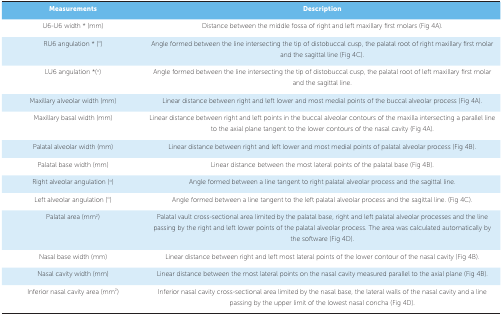
<table><thead><tr><td><b>Measurements</b></td><td><b>Description</b></td></tr></thead><tbody><tr><td> U6-U6 width * (mm)</td><td> Distance between the middle fossa of right andleft maxillary first molars (Fig 4A).</td></tr><tr><td> RU6 angulation * (<sup>o</sup>)</td><td> Angle formed between the line intersecting thetip of distobuccal cusp, the palatal root of right maxillary first molarand the sagittal line (Fig 4C).</td></tr><tr><td> LU6 angulation *(<sup>o</sup>)</td><td> Angle formed between the line intersecting thetip of distobuccal cusp, the palatal root of left maxillary first molarand the sagittal line.</td></tr><tr><td> Maxillary alveolar width (mm)</td><td> Linear distance between right and left lowerand most medial points of the buccal alveolar process (Fig 4A).</td></tr><tr><td> Maxillary basal width (mm)</td><td> Linear distance between right and left pointsin the buccal alveolar contours of the maxilla intersecting a parallelline to the axial plane tangent to the lower contours of the nasal cavity(Fig 4A).</td></tr><tr><td> Palatal alveolar width (mm)</td><td> Linear distance between right and left lowerand most medial points of palatal alveolar process (Fig 4B).</td></tr><tr><td> Palatal base width (mm)</td><td> Linear distance between the most lateral pointsof the palatal base (Fig 4B).</td></tr><tr><td> Right alveolar angulation (<sup>o</sup>)</td><td> Angle formed between a line tangent to rightpalatal alveolar process and the sagittal line.</td></tr><tr><td> Left alveolar angulation (<sup>o</sup>)</td><td> Angle formed between a line tangent to the leftpalatal alveolar process and the sagittal line. (Fig 4C).</td></tr><tr><td> Palatal area (mm<sup>2</sup>)</td><td> Palatal vault cross-sectional area limited bythe palatal base, right and left palatal alveolar processes and the linepassing by the right and left lower points of the palatal alveolarprocess. The area was calculated automatically by the software (Fig4D).</td></tr><tr><td> Nasal base width (mm)</td><td> Linear distance between right and left mostlateral points of the lower contour of the nasal cavity (Fig 4B).</td></tr><tr><td> Nasal cavity width (mm)</td><td> Linear distance between the most lateral pointson the nasal cavity measured parallel to the axial plane (Fig 4B).</td></tr><tr><td> Inferior nasal cavity area(mm<sup>2</sup>)</td><td> Inferior nasal cavity cross-sectional arealimited by the nasal base, the lateral walls of the nasal cavity and aline passing by the upper limit of the lowest nasal concha (Fig 4D).</td></tr></tbody></table>